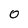
Character: 0